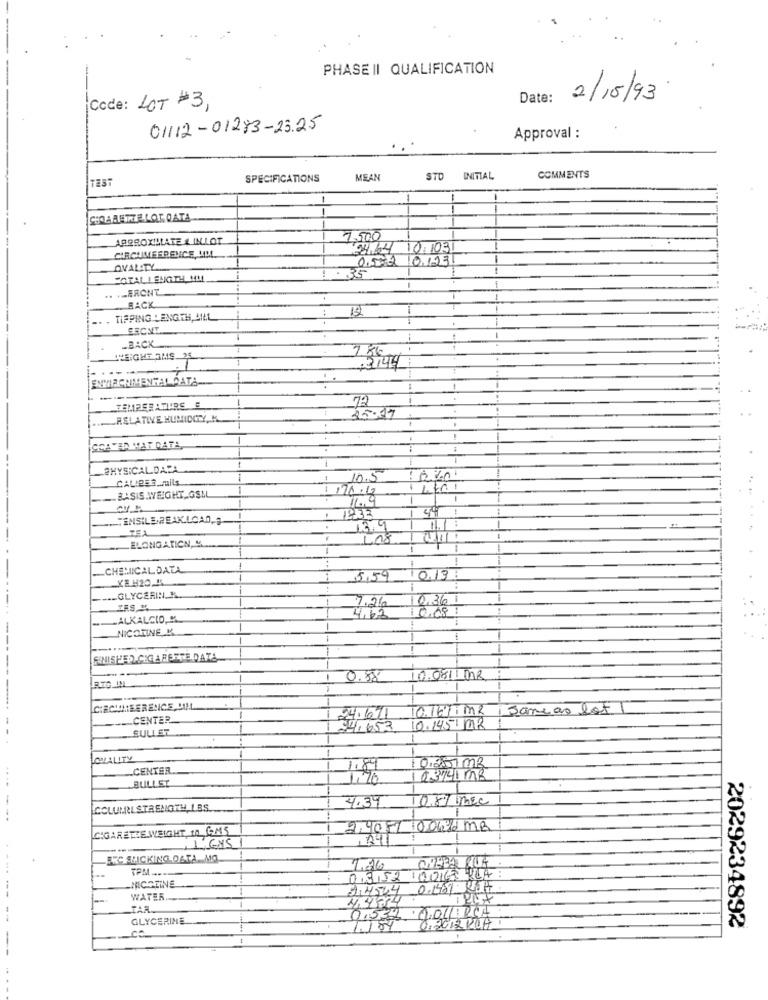
PHASE II QUALIFICATION
Date:
2/10/93
Code: LOT #3,
01112-01283-23.25
Approval :
TEST
SPECIFICATIONS
MEAN
STD INITIAL
COMMENTS
CIOARETTELOT DATA
APPROXIMLATE & INLOT
7.000
04.64 10.103
CARCHIMESRENCE, UML
0.502 0123
OVALITY
TOTAL LENGTH MAL
.35
.. ... FRCNT
BACK
TIPPING LENGTH, MILL
ERCNT.
-BACK .....
WEIGHT SMS. 25
3149
---
--
72
RELATIVE HUMIDITY K
.
1
PHYSICALDATA
10.5
BASIS WEIGHT GSM
1170.12
11.9
44 1
TENSILE.REAK.LOAD.S.
13.9
ELONGATION, M
2011.
CHEMICAL DATA
KE H20.15
1
5,59
0,13:
GLYCERIN Y
IRS, "
7.26
0,08
0,361
ALKALCIO,
4,62
NICOTINE, &
FINISHED.CIGARETTE DATA
-
0.88
10.0811 MR
RTO_IN
10.161 M2
1 Same as lot
CENTER
24.1071
.SULLET
94,653
0.145MR
CMALITY
10/20702
CENTER
BULLST
1,20
2.3741 MR
4.39
COLUMREL STRENGTH LBS.
T05/ mec
CIGARETTEWEIGHT 10 GMS
9,9051 00W2 MB
A41
, 1 GYS
ERCLICKINGLO&TA. MO.
TPM ...
-NICOTINE
0,3 52 OOK3 424
1,4524
WATER
4.4784
TREX
TAR
0.537.0.04.RCA
GLYCERINE
0.2012 KOH
1.1 84
2029234892